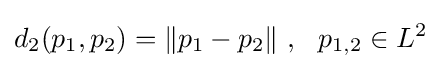
d_{2}(p_{1},p_{2})=\Vert p_{1}-p_{2}\Vert \ ,\ \ p_{1,2}\in L^{2}